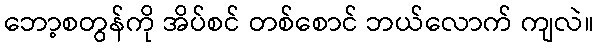
ဘော့စတွန်ကို အိပ်စင် တစ်စောင် ဘယ်လောက် ကျလဲ။